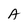
Character: A